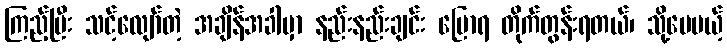
ကြည့်ပြီး သင့်လျော်တဲ့ အချိန်အခါမှာ နည်းနည်းချင်း ပြောရ တိုက်တွန်းရတယ်၊ သို့ပေမယ့်